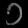
Digit: ၁